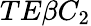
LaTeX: TE\beta C_{2}